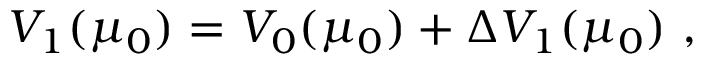
V _ { 1 } ( \mu _ { 0 } ) = V _ { 0 } ( \mu _ { 0 } ) + { \Delta } V _ { 1 } ( \mu _ { 0 } ) \ ,